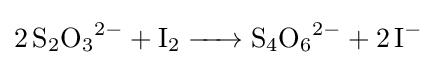
{\ce {2S2O3^2- + I2 -> S4O6^2- + 2I-}}